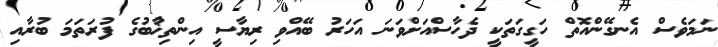
ނަމަވެސް އެނގޭންއޮތް ހަގީގަތަކީ ދެހާސްއަށްވަނަ އަހަރު ބޭއްވި ރިޔާސީ އިންތިޚާުބުގެ ފުރަތަމަ ބުރާއި